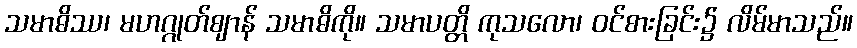
သမာဓိဿ၊ မဟဂ္ဂုတ်ဈာန် သမာဓိကို။ သမာပတ္တိ ကုသလော၊ ဝင်စားခြင်း၌ လိမ်မာသည်။